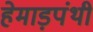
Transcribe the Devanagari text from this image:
हेमाड़पंथी